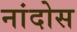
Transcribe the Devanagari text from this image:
नांदोस